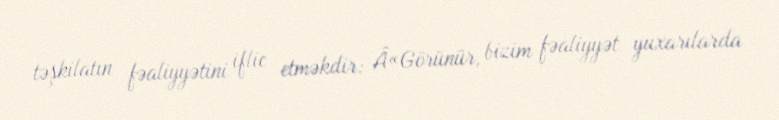
təşkilatın fəaliyyətini iflic etməkdir: Â«Görünür, bizim fəaliyyət yuxarılarda